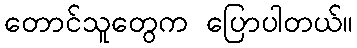
တောင်သူတွေက ပြောပါတယ်။